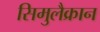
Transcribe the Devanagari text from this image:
सिमुलैक्रान